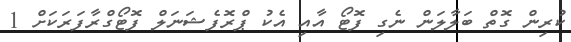
ކުރިން ގޮތް ބަލާލަން ނެގި ފޮޓޯ އާއި އެކު ޕްރޮފެޝަނަލް ފޮޓޯގްރާފަރަކަށް 1